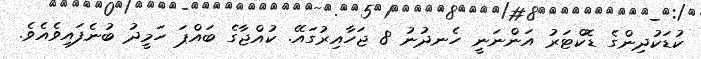
ކުޑަކުދިންގެ ޑޮކްޓަރު އަންނަނީ ހެނދުނު 8 ޖަހާއިރުގައޭ. ކުއްޖާގެ ބައްޕަ ހަމީދު ބުނެފައިވެއެވެ.